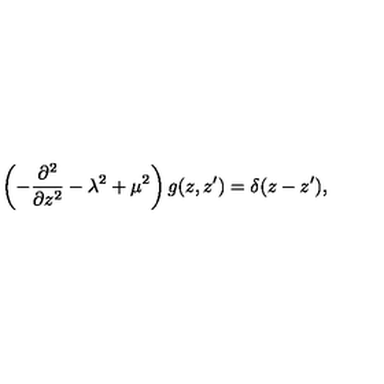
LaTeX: \left( - { \frac { \partial ^ { 2 } } { \partial z ^ { 2 } } } - \lambda ^ { 2 } + \mu ^ { 2 } \right) g ( z , z ^ { \prime } ) = \delta ( z - z ^ { \prime } ) ,